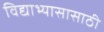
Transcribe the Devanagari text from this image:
विद्याभ्यासासाठी